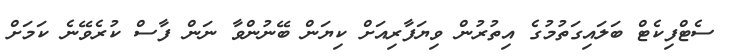
ސެޓްފިކެޓް ބަލައިގަތުމުގެ އިތުރުން ވިޔަފާރިއަށް ކިޔަން ބޭނުންވާ ނަން ފާސް ކުރެވޭނެ ކަމަށް